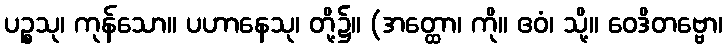
ပဉ္စသု၊ ကုန်သော။ ပဟာနေသု၊ တို့၌။ (အတ္ထော၊ ကို။ ဧဝံ၊ သို့။ ဝေဒိတဗ္ဗော၊